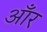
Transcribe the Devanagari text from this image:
आँर